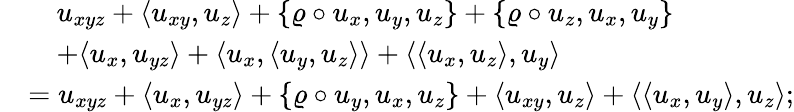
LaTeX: \begin{array}{rl}&{\quad u_{xyz}+\langle u_{xy},u_{z}\rangle+\{ \varrho\circ u_{x},u_{y},u_{z}\} +\{ \varrho\circ u_{z},u_{x},u_{y}\} }\\ &{\quad+\langle u_{x},u_{yz}\rangle+\langle u_{x},\langle u_{y},u_{z}\rangle\rangle+\langle\langle u_{x},u_{z}\rangle,u_{y}\rangle}\\ &{=u_{xyz}+\langle u_{x},u_{yz}\rangle+\{ \varrho\circ u_{y},u_{x},u_{z}\} +\langle u_{xy},u_{z}\rangle+\langle\langle u_{x},u_{y}\rangle,u_{z}\rangle;}\end{array}